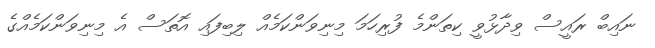
ނައިބް ރައީސް ވިދާޅުވީ ކިތަންމެ ފުރިހަމަ މިނިވަންކަމެއް ލިބިފައި އޮތަސް އެ މިނިވަންކަމެއްގެ